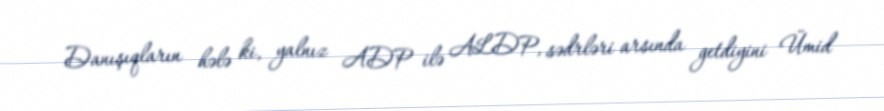
Danışıqların hələ ki, yalnız ADP ilə ALDP, sədrləri arsında getdiyini Ümid